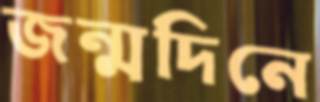
জন্মদিনে